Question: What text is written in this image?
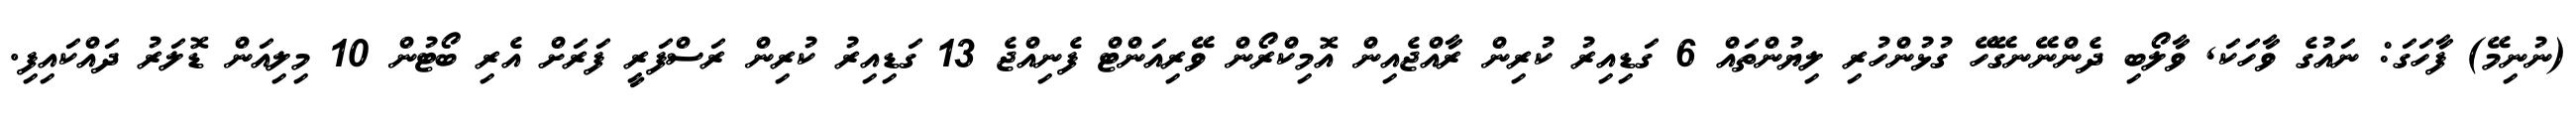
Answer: (ނުނިމޭ) ފާހަގަ: ނައުގެ ވާހަކަ, ވާލޯބި ދެންނޭނގޭހޭ ގުޅުންހުރި ލިޔުންތައް 6 ގަޑިއިރު ކުރިން ރާއްޖެއިން އޮމިކްރޯން ވޭރިއަންޓް ފެނިއްޖެ 13 ގަޑިއިރު ކުރިން ރަސްފަރީ ފަރަށް އެރި ބޯޓުން 10 މިލިއަން ޑޮލަރު ދައްކައިފި.